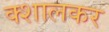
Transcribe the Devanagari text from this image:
क्शालकर